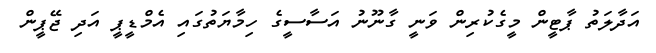
އަދާލަތު ޕާޓީން މީގެކުރިން ވަނީ ގާނޫނު އަސާސީގެ ހިމާޔަތުގައި އެމްޑީޕީ އަދި ޖޭޕީން